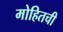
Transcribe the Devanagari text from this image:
मोहितची